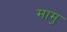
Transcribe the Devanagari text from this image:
मामु